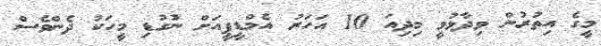
މީގެ އިތުރުން ވިދާޅުވީ މިދިއަ 10 އަހަރު އެމްޑީޕީއަށް ނުގުޑި މީހަކު ދެންވެސް